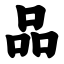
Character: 品